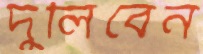
দুলিবেন